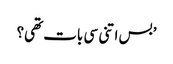
’بس اتنی سی بات تھی؟